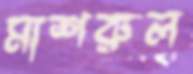
মাশরুল